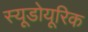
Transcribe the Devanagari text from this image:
स्यूडोयूरिक